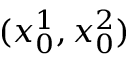
( x _ { 0 } ^ { 1 } , x _ { 0 } ^ { 2 } )